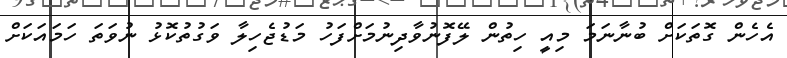
އެހެން ގޮތަކަށް ބުނާނަމަ މިއީ ހިތުން ލޭފޮނުވާދިނުމަށްފަހު މަޑުޖެހިލާ ވަގުތުކޮޅު ނުވަތަ ހަމައަކަށް